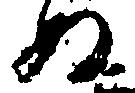
ぬ